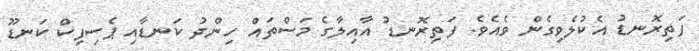
ފަތިރޮނޑު އެކުލެވިގެން ވެއެވެ. ފަތިރޮނޑު އާއިލާގެ މަސްތައް ހިންދު ކަނޑާއި ޕެސިފިކް ކަނޑޫ